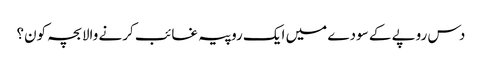
دس روپے کے سودے میں ایک روپیہ غائب کرنے والا بچہ کون؟